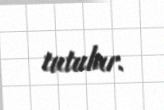
tutulur.